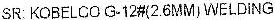
SR: KOBELCO G-12#(2.6MM) WELDING